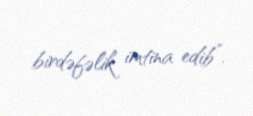
birdəfəlik imtina edib”.